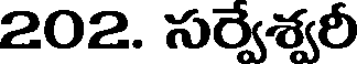
202. సర్వేశ్వరీ